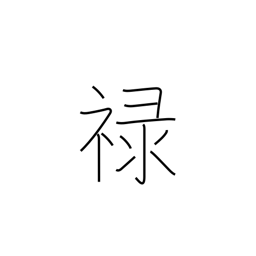
Meaning: fief